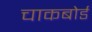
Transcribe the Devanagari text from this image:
चाकबोर्ड